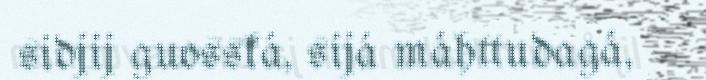
sidjij guosská, sijá máhttudagá,